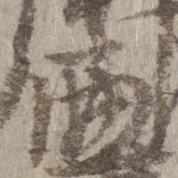
兼